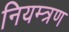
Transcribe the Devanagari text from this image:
नियम्त्रण